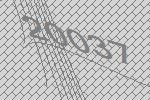
20037